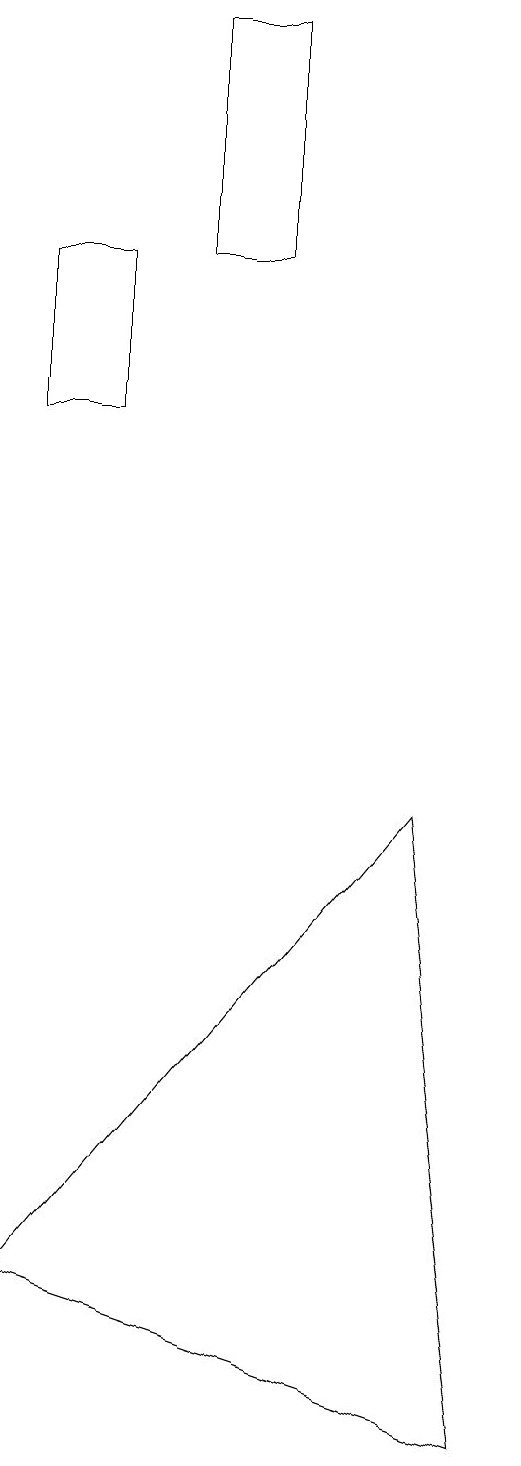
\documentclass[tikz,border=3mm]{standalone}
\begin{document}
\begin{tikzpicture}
\draw (3,15) rectangle (2,13);
\draw (2,2) -- (8,0) -- (7,8) -- cycle;
\draw (4,18) rectangle (5,15);
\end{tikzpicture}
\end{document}